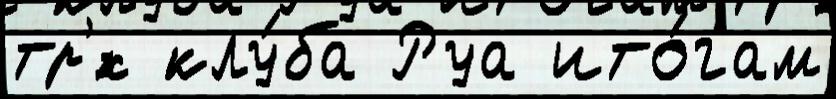
тр'́х клу́ба Руа ито́гам